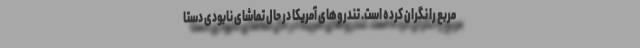
مربع را نگران کرده است. تندروهای آمریکا در حال تماشای نابودی دستا